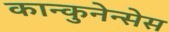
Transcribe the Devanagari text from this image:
कान्कुनेन्सेस